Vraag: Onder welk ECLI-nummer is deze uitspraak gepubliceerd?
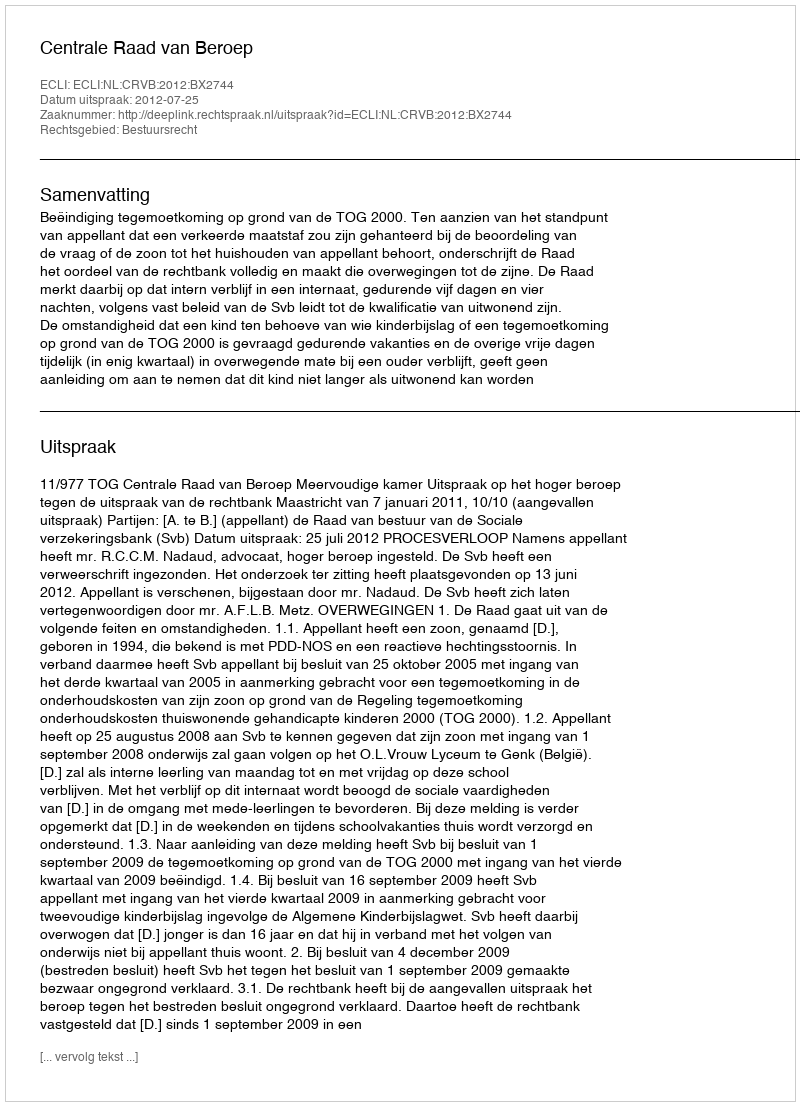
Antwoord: ECLI:NL:CRVB:2012:BX2744